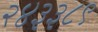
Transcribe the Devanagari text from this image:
२४३३८९